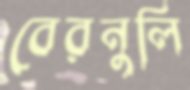
বেরনুলি